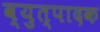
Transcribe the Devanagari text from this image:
व्युत्पादक